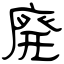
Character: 廃